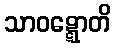
သာဝဋ္ဋောတိ